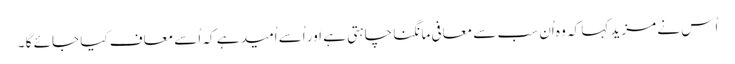
اُس نے مزید کہا کہ وہ اُن سب سے معافی مانگنا چاہتی ہے اور اُسے اُمید ہے کہ اُسے معاف کیا جائے گا ۔